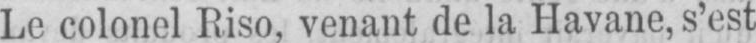
Le colonel Riso, venant de la Havane, s’est